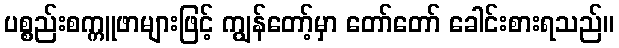
ပစ္စည်းစက္ကူဖာများဖြင့် ကျွန်တော့်မှာ တော်တော် ခေါင်းစားရသည်။